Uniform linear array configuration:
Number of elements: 4
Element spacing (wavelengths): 0.75
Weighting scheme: binomial
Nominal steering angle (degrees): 0
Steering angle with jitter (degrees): -1.176
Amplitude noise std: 0.05
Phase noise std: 0.05

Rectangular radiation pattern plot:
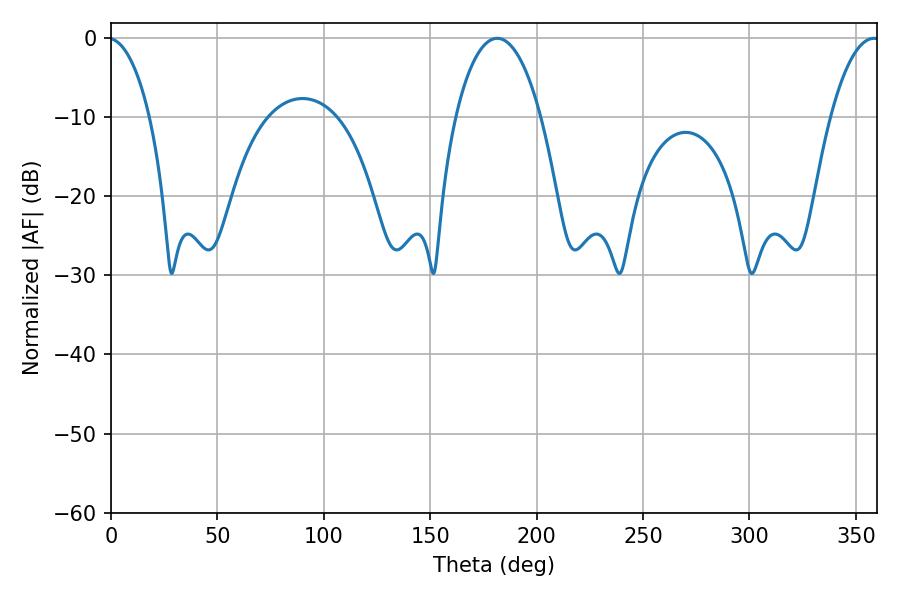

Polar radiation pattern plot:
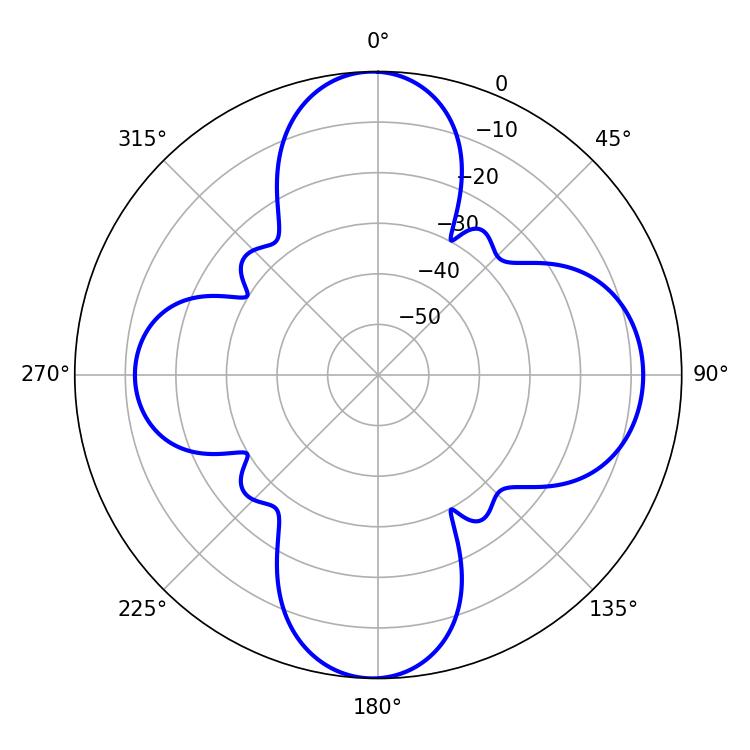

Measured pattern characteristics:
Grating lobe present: TRUE
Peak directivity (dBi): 15.966
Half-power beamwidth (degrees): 22.5
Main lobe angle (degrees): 181.44